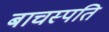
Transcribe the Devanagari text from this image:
बाचस्पति